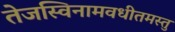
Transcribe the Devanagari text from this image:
तेजस्विनामवधीतमस्तु